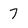
Character: 7